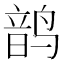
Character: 𬸝